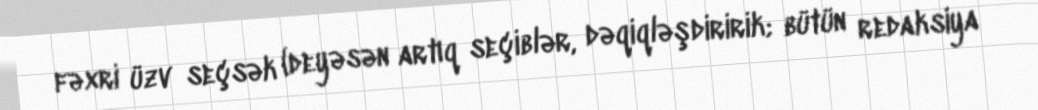
fəxri üzv seçsək (deyəsən artıq seçiblər, dəqiqləşdiririk; bütün redaksiya